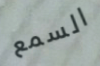
السمع